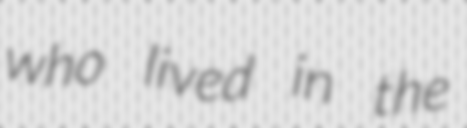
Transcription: who lived in the